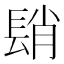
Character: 𨲆